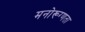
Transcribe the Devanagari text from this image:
मनोरूग्णता